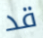
قد